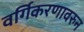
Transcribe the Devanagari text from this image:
वर्गिकरणावरुन